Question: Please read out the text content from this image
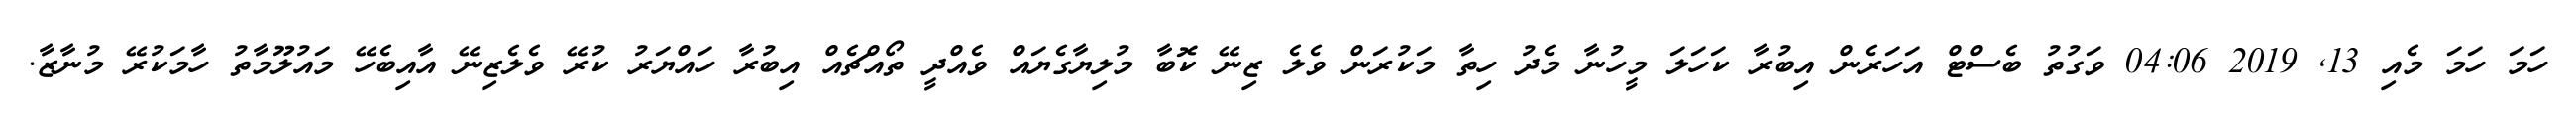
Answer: ހަމަ ހަމަ މެއި 13, 2019 04:06 ވަގުތު ބެސްޓް އަހަރެން އިބުރާ ކަހަލަ މީހުނާ މެދު ހިތާ މަކުރަން ވެލެ ޒިނޭ ކޮބާ މުލިޔާގެޔައް ވެއްދީ ތޯއްޗެއް އިބުރާ ހައްޔަރު ކުރޭ ވެލެޒިނޭ އާއިބެހޭ މައުލޫމާތު ހާމަކުރޭ މުނާޒާ.